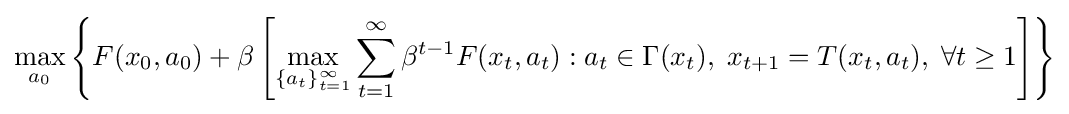
\max _{a_{0}}\left\{F(x_{0},a_{0})+\beta \left[\max _{\left\{a_{t}\right\}_{t=1}^{\infty }}\sum _{t=1}^{\infty }\beta ^{t-1}F(x_{t},a_{t}):a_{t}\in \Gamma (x_{t}),\;x_{t+1}=T(x_{t},a_{t}),\;\forall t\geq 1\right]\right\}